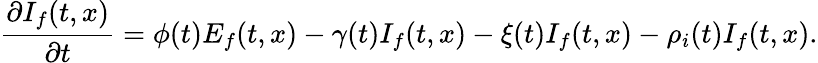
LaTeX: \frac{\partial I_{f}(t,x)}{\partial t}=\phi(t)E_{f}(t,x)-\gamma(t)I_{f}(t,x)-\xi(t)I_{f}(t,x)-\rho_{i}(t)I_{f}(t,x).